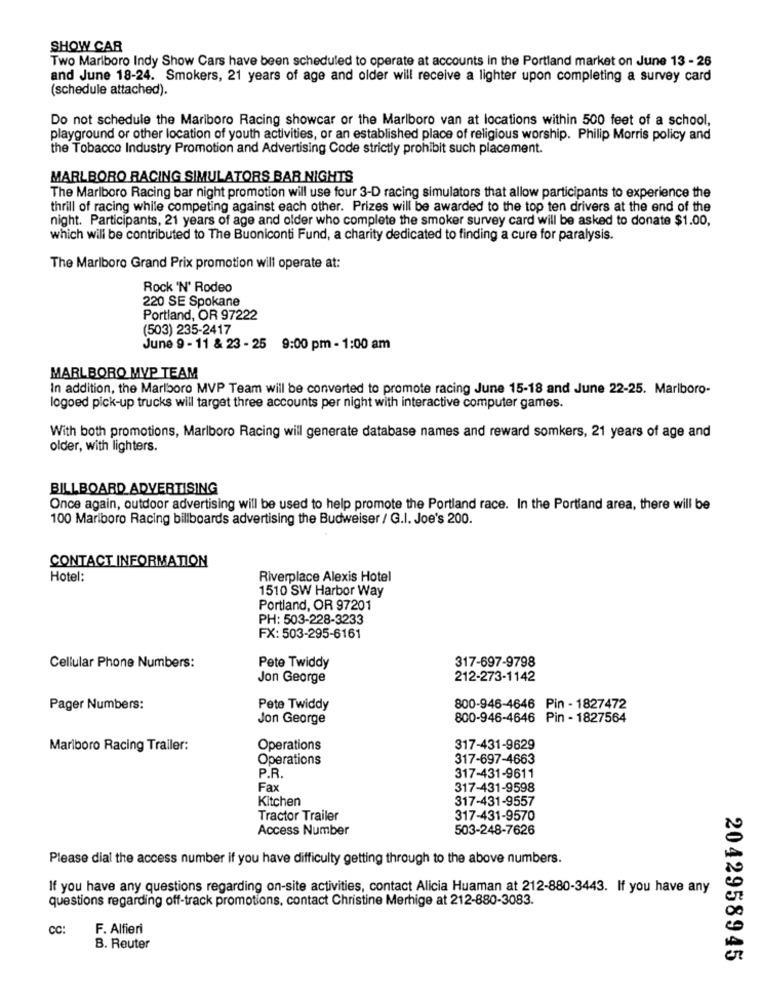
SHOW CAR
Two Marlboro Indy Show Cars have been scheduled to operate at accounts in the Portland market on June 13 - 26
and June 18-24. Smokers, 21 years of age and older will receive a lighter upon completing a survey card
(schedule attached).
Do not schedule the Mariboro Racing showcar or the Marlboro van at locations within 500 feet of a school,
playground or other location of youth activities, or an established place of religious worship. Philip Morris policy and
the Tobacco Industry Promotion and Advertising Code strictly prohibit such placement.
MARLBORO RACING SIMULATORS BAR NIGHTS
The Marlboro Racing bar night promotion will use four 3-D racing simulators that allow participants to experience the
thrill of racing while competing against each other. Prizes will be awarded to the top ten drivers at the end of the
night. Participants, 21 years of age and older who complete the smoker survey card will be asked to donate $1.00,
which will be contributed to The Buoniconti Fund, a charity dedicated to finding a cure for paralysis.
The Marlboro Grand Prix promotion will operate at:
Rock 'N' Rodeo
220 SE Spokane
Portland, OR 97222
(503) 235-2417
June 9 - 11 & 23 - 25 9:00 pm - 1:00 am
MARLBORO MVP TEAM
In addition, the Marlboro MVP Team will be converted to promote racing June 15-18 and June 22-25. Marlboro-
logoed pick-up trucks will target three accounts per night with interactive computer games.
With both promotions, Marlboro Racing will generate database names and reward somkers, 21 years of age and
older, with lighters.
BILLBOARD ADVERTISING
Once again, outdoor advertising will be used to help promote the Portland race. In the Portland area, there will be
100 Marlboro Racing billboards advertising the Budweiser / G.I. Joe's 200.
CONTACT INFORMATION
Hotel:
Riverplace Alexis Hotel
1510 SW Harbor Way
Portland, OR 97201
PH: 503-228-3233
FX: 503-295-6161
317-697-9798
Cellular Phone Numbers:
Pete Twiddy
Jon George
212-273-1142
Pager Numbers:
Pete Twiddy
800-946-4646 Pin - 1827472
Jon George
800-946-4646 Pin - 1827564
Marlboro Racing Trailer:
Operations
317-431-9629
Operations
317-697-4663
P.R.
317-431-9611
Fax
317-431-9598
Kitchen
317-431-9557
Tractor Trailer
317-431-9570
Access Number
503-248-7626
Please dial the access number if you have difficulty getting through to the above numbers.
If you have any questions regarding on-site activities, contact Alicia Huaman at 212-880-3443. If you have any
questions regarding off-track promotions, contact Christine Merhige at 212-880-3083.
CC:
F. Alfieri
B. Reuter
2042958945